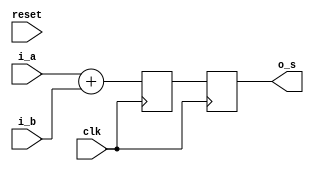
module my_adder #(
	parameter WIDTH = 32
)(
	input clk,
	input reset,

	input  [WIDTH-1:0] i_a,
	input  [WIDTH-1:0] i_b,
	output reg [WIDTH-1:0] o_s
);

	// adder logic
	reg[WIDTH-1:0] delay_s;
	
	always @(posedge clk) begin
		delay_s <= i_a + i_b;
		o_s <= delay_s;
	end
endmodule